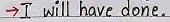
-> I will have done.